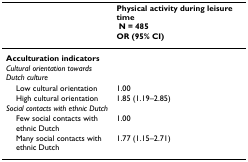
<table><thead><tr><td></td><td><b>Physical activity during leisure time N = 485 OR (95% CI)</b></td></tr></thead><tbody><tr><td><b>Acculturation indicators</b></td><td></td></tr><tr><td><i>Cultural orientation towards Dutch culture</i></td><td></td></tr><tr><td> Low cultural orientation</td><td>1.00</td></tr><tr><td> High cultural orientation</td><td>1.85 (1.19–2.85)</td></tr><tr><td><i>Social contacts with ethnic Dutch</i></td><td></td></tr><tr><td> Few social contacts with ethnic Dutch</td><td>1.00</td></tr><tr><td> Many social contacts with ethnic Dutch</td><td>1.77 (1.15–2.71)</td></tr></tbody></table>